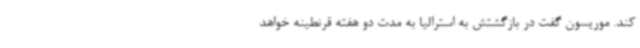
کند. موریسون گفت در بازگشتش به استرالیا به مدت دو هفته قرنطینه خواهد